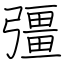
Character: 彊